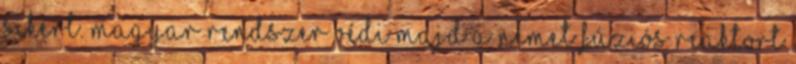
sikert. Magyar rendszer védi majd a német fúziós reaktort